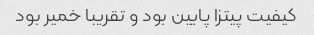
کیفیت پیتزا پایین بود و تقریبا خمیر بود